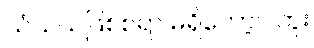
သံသယဖြစ်စရာ မရှိတော့ပါဘူး